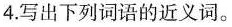
4.写出下列词语的近义词。